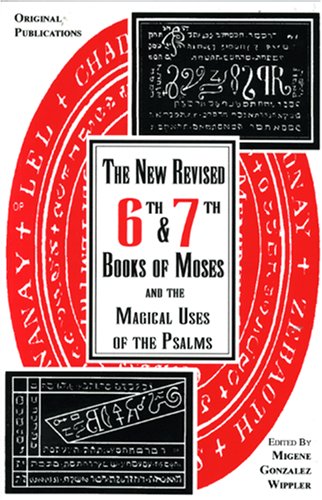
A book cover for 6th and 7th Books of Moses and the Magical Uses of the Psalms; Christian Books & Bibles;